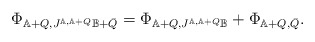
\begin{align*} \Phi_{\mathbb{A}+Q,J^{\mathbb{A},\mathbb{A}+Q}\mathbb{B}+\bar{Q}}=\Phi_{\mathbb{A}+Q,J^{\mathbb{A},\mathbb{A}+Q}\mathbb{B}}+\Phi_{\mathbb{A}+Q,\bar{Q}}.\end{align*}